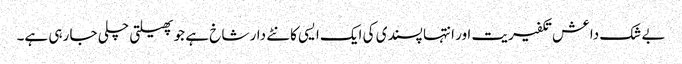
بے شک داعش تکفیریت اور انتہا پسندی کی ایک ایسی کانٹے دار شاخ ہے جو پھیلتی چلی جا رہی ہے۔